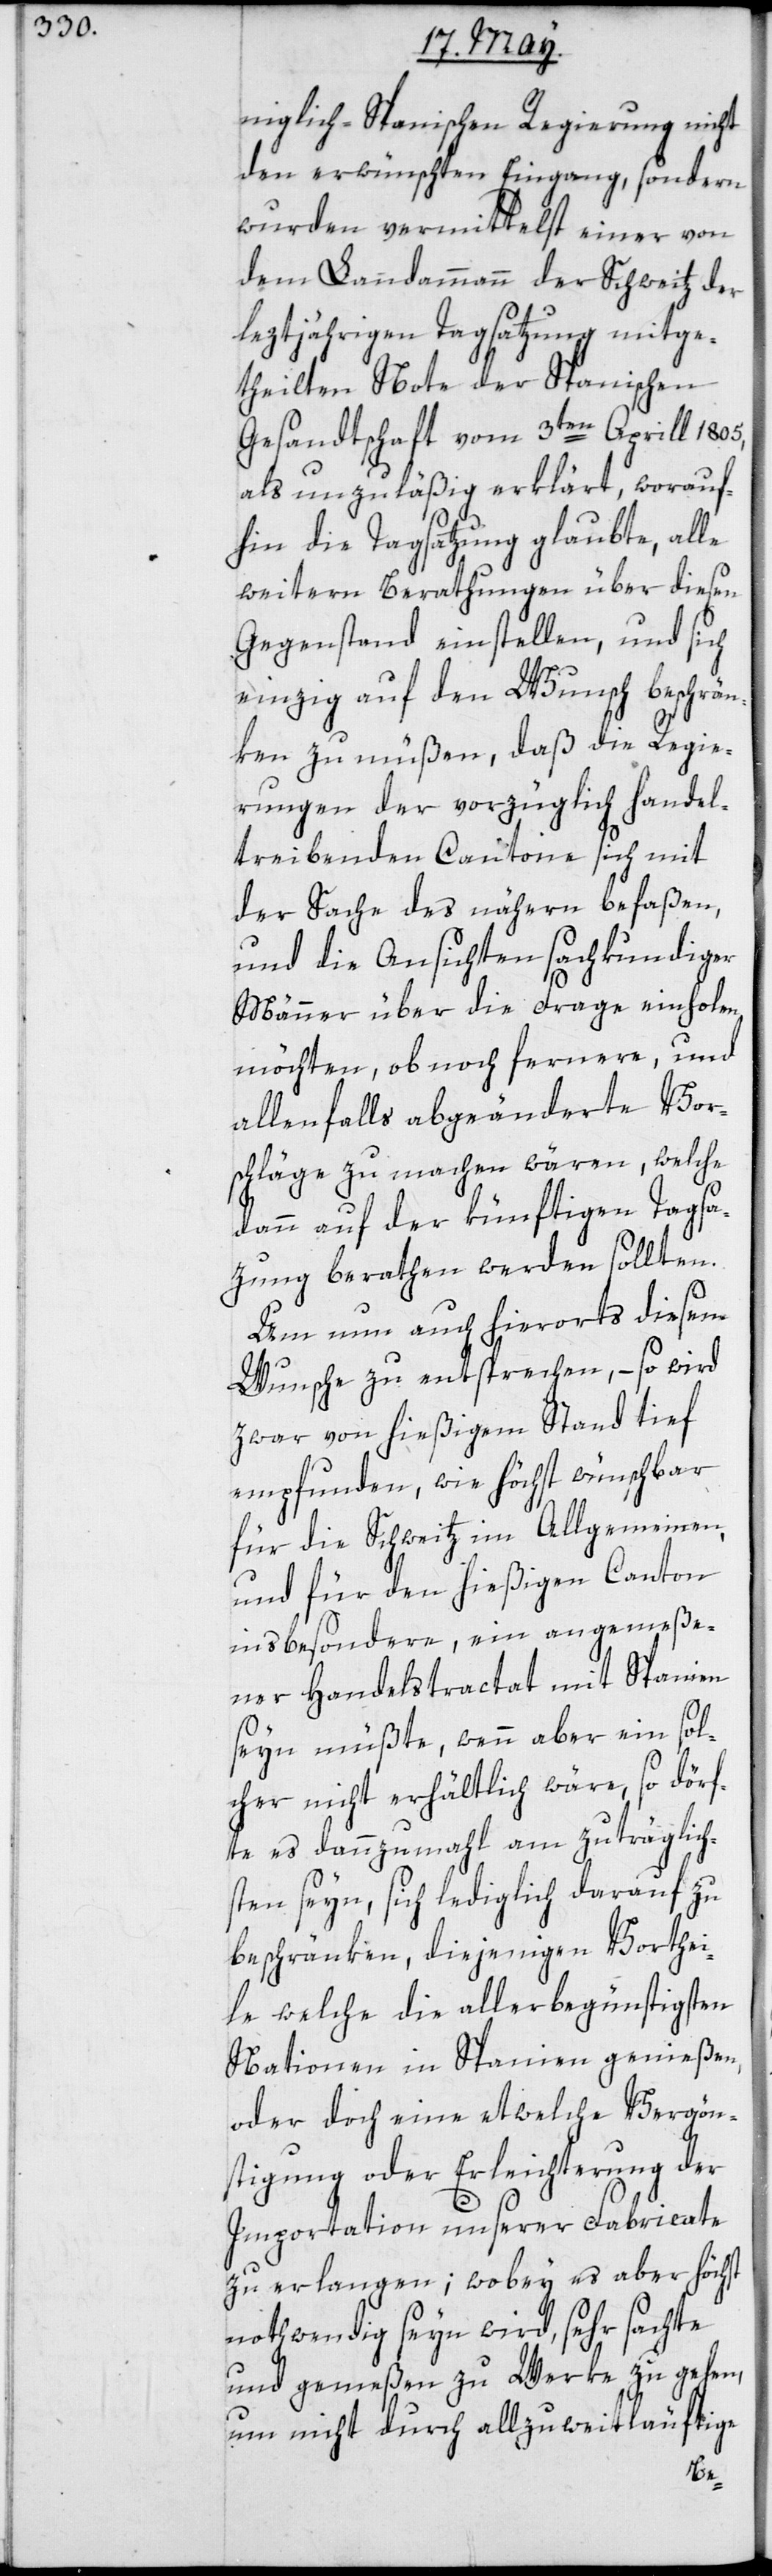
niglich-Spanischen Regierung nicht
den erwünschten Eingang, sondern
wurden vermittelst einer von
dem Landammann der Schweitz der
leztjährigen Tagsatzung mitge¬
theilten Note der Spanischen
Gesandtschaft vom 3ten Aprill 1805,
als unzuläßig erklärt, worauf¬
hin die Tagsatzung glaubte, alle
weitern Berathungen über diesen
Gegenstand einstellen, und sich
einzig auf den Wunsch beschrän¬
ken zu müßen, daß die Regie¬
rungen der vorzüglich handel¬
treibenden Cantone sich mit
der Sache des nähern befaßen,
und die Ansichten fachkundiger
Männer über die Frage einholen
möchten, ob noch fernere und
allenfalls abgeänderte Vor¬
schläge zu machen wären, welche
dann auf der künftigen Tagsa¬
tzung berathen werden sollten.
Um nun auch hierorts diesem
Wunsche zu entsprechen, – so wird
zwar von hießigem Stand tief
empfunden, wie höchst wünschbar
für die Schweitz im Allgemeinen,
und für den hießigen Canton
insbesondere, ein angemeße¬
ner Handelstractat mit Spanien
seyn müßte, wenn aber ein sol¬
cher nicht erhältlich wäre, so dörf¬
te es dannzumahl am zuträglich¬
sten seyn, sich lediglich darauf zu
beschränken, diejenigen Vorthei¬
le, welche die allerbegünstigsten
Nationen in Spanien genießen,
oder doch eine etwelche Vergön¬
stigung oder Erleichterung der
Importation unserer Fabricate
zu erlangen; wobey es aber höchst
nothwendig seyn wird, sehr sachte
und gemeßen zu Werke zu gehen,
um nicht durch allzu weitläuftige